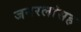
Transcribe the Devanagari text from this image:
जनरलांसह